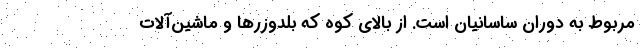
مربوط به دوران ساسانیان است. از بالای کوه که بلدوزرها و ماشین‌آلات